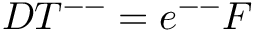
{ \cal D } T ^ { -- } = e ^ { -- } { \cal F }